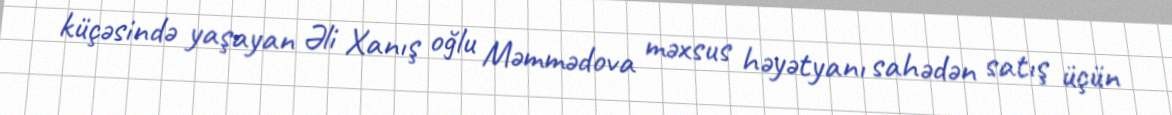
küçəsində yaşayan Əli Xanış oğlu Məmmədova məxsus həyətyanı sahədən satış üçün